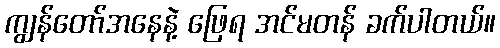
ကျွန်တော်အနေနဲ့ ဖြေရ အင်မတန် ခက်ပါတယ်။